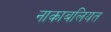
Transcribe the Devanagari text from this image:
नाकाबलियत